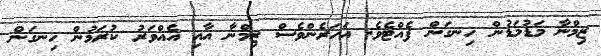
ޒިމްނާ މަޑުމަޑުން ހިނގަން ފެއްޓެވެ. އަހަރެންވެސް ޒިމްނާ އާއި އެއްވަރު ކުރަމުން ހިނގަން